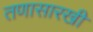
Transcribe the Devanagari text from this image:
तणासारखी